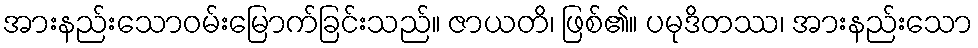
အားနည်းသောဝမ်းမြောက်ခြင်းသည်။ ဇာယတိ၊ ဖြစ်၏။ ပမုဒိတဿ၊ အားနည်းသော